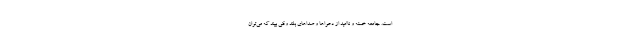
است. جامعه خسته و ناامید از دعواها و صداهای بلند وقتی ببیند که می‌توان